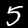
Label: 5